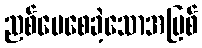
ညစ်ပေစေခဲ့သောအပြစ်